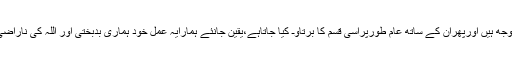
ایسا باور کیا جاتا ہے کہ مساجدکے امام اور موذنین معاشرے پربوجھ ہیں اورپھران کے ساتھ عام طورپراسی قسم کا برتاؤـ کیا جاتاہے،یقین جانئے ہمارایہ عمل خود ہماری بدبختی اور اللہ کی ناراضی کاسبب ہے اوراس سے خودہمیں ہی دنیاوآخرت میں خسارہ ہوگا۔